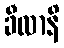
ခီလာနိ